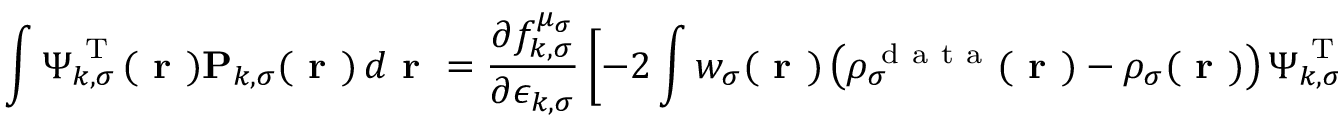
\int \boldsymbol { \Psi } _ { k , \sigma } ^ { \mathrm { ~ T ~ } } ( \boldsymbol { \textbf { r } } ) \mathbf { P } _ { k , \sigma } ( \boldsymbol { \textbf { r } } ) \, d \boldsymbol { \textbf { r } } = \frac { \partial f _ { k , \sigma } ^ { \mu _ { \sigma } } } { \partial \epsilon _ { k , \sigma } } \left[ - 2 \int w _ { \sigma } ( \boldsymbol { \textbf { r } } ) \left( \rho _ { \sigma } ^ { \mathrm { ~ d ~ a ~ t ~ a ~ } } ( \boldsymbol { \textbf { r } } ) - \rho _ { \sigma } ( \boldsymbol { \textbf { r } } ) \right) \boldsymbol { \Psi } _ { k , \sigma } ^ { \mathrm { ~ T ~ } } ( \boldsymbol { \textbf { r } } ) \boldsymbol { \Psi } _ { k , \sigma } ( \boldsymbol { \textbf { r } } ) \, d \boldsymbol { \textbf { r } } + \eta _ { \sigma } \textbf { I } _ { m _ { k , \sigma } } \right] \, .